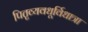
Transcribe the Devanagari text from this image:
पितृव्यवधूर्विधात्रा